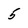
Character: 5